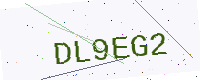
Text: DL9EG2